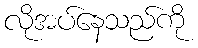
လိုအပ်နေသည်ကို